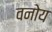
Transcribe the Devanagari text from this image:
वनोय